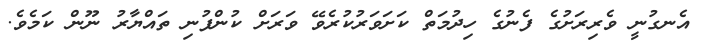
އެނގުނީ ވެރިރަށުގެ ފެނުގެ ހިދުމަތް ކަށަވަރުކުރެވޭ ވަރަށް ކުންފުނި ތައްޔާރު ނޫން ކަމެވެ.